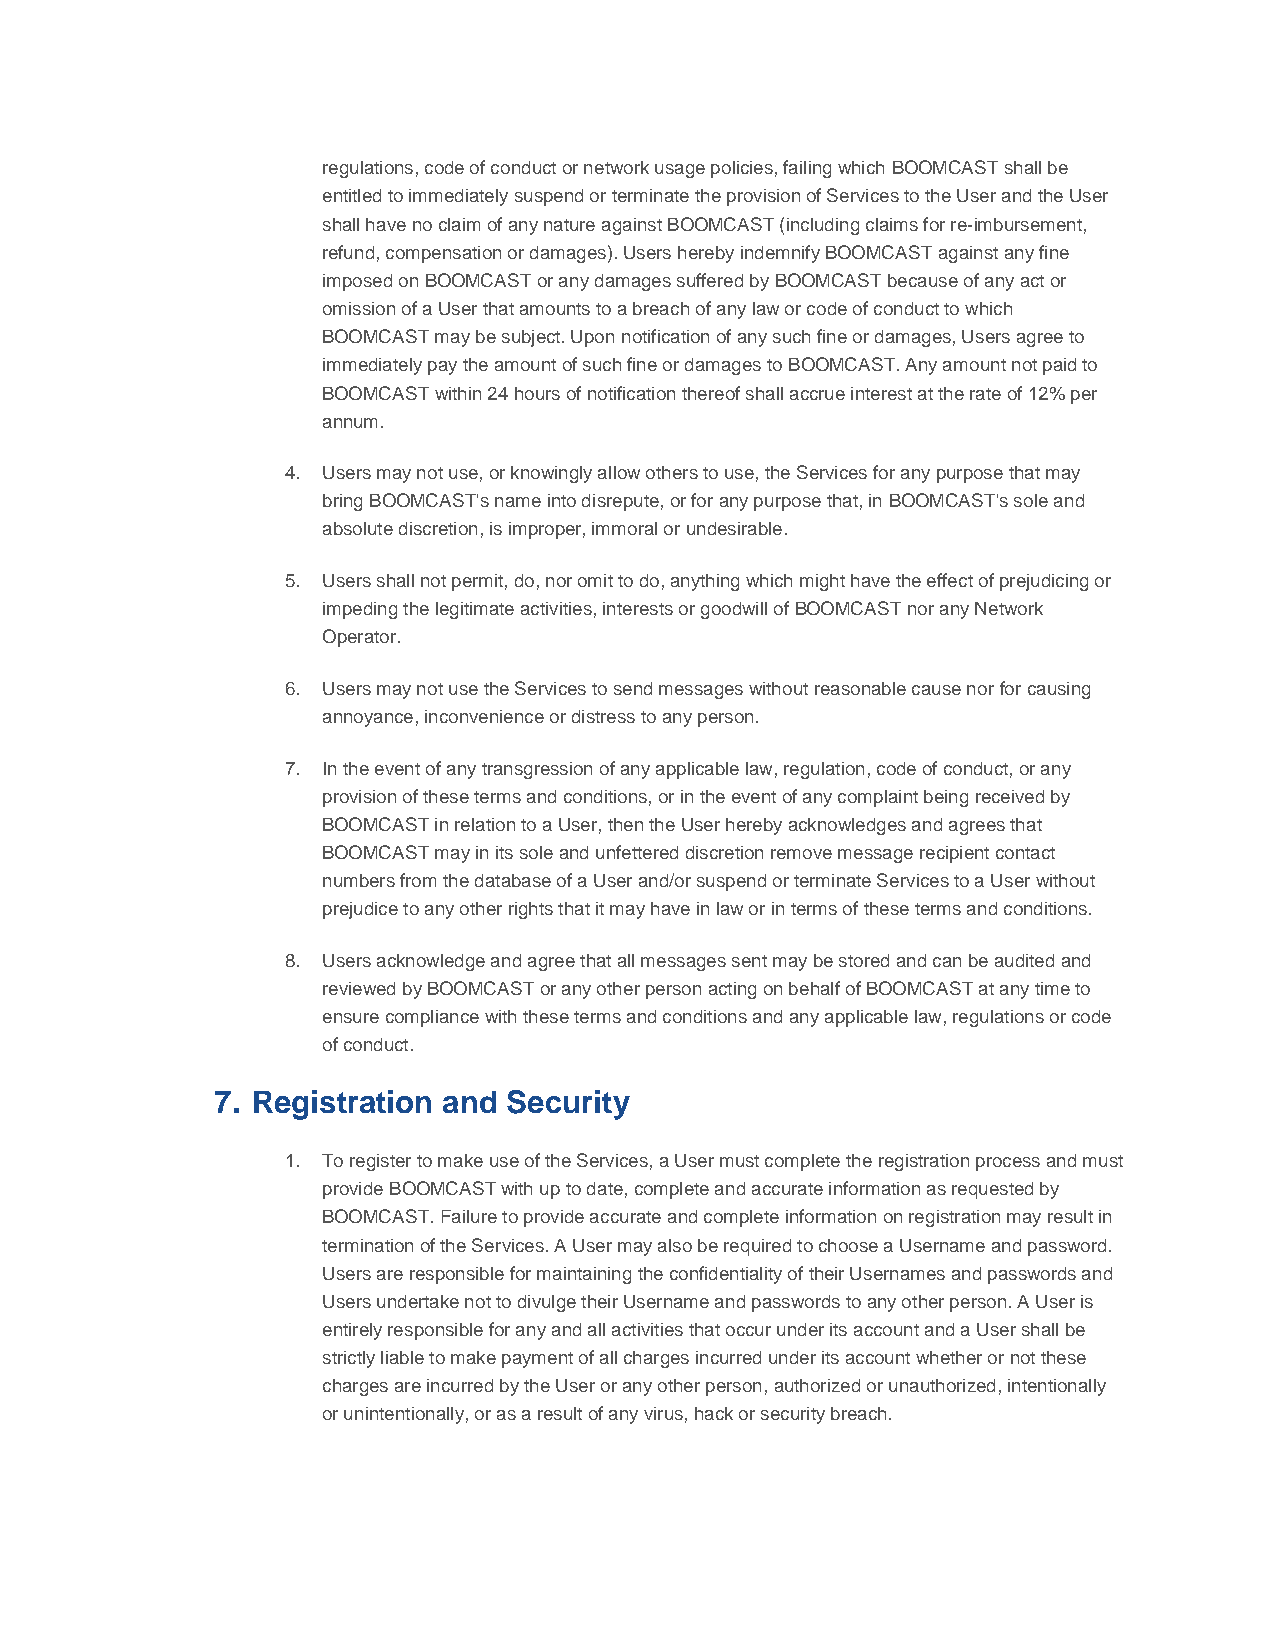
regulations, code of conduct or network usage policies, failing which BOOMCAST shall be
 entitled to immediately suspend or terminate the provision of Services to the User and the User
 shall have no claim of any nature against BOOMCAST (including claims for re-imbursement,
 refund, compensation or damages). Users hereby indemnify BOOMCAST against any fine
 imposed on BOOMCAST or any damages suffered by BOOMCAST because of any act or
 omission of a User that amounts to a breach of any law or code of conduct to which
 BOOMCAST may be subject. Upon notification of any such fine or damages, Users agree to
 immediately pay the amount of such fine or damages to BOOMCAST. Any amount not paid to
 BOOMCAST within 24 hours of notification thereof shall accrue interest at the rate of 12% per
 annum.
 4. Users may not use, or knowingly allow others to use, the Services for any purpose that may
 bring BOOMCAST's name into disrepute, or for any purpose that, in BOOMCAST's sole and
 absolute discretion, is improper, immoral or undesirable.
 5. Users shall not permit, do, nor omit to do, anything which might have the effect of prejudicing or
 impeding the legitimate activities, interests or goodwill of BOOMCAST nor any Network
 Operator.
 6. Users may not use the Services to send messages without reasonable cause nor for causing
 annoyance, inconvenience or distress to any person.
 7. In the event of any transgression of any applicable law, regulation, code of conduct, or any
 provision of these terms and conditions, or in the event of any complaint being received by
 BOOMCAST in relation to a User, then the User hereby acknowledges and agrees that
 BOOMCAST may in its sole and unfettered discretion remove message recipient contact
 numbers from the database of a User and/or suspend or terminate Services to a User without
 prejudice to any other rights that it may have in law or in terms of these terms and conditions.
 8. Users acknowledge and agree that all messages sent may be stored and can be audited and
 reviewed by BOOMCAST or any other person acting on behalf of BOOMCAST at any time to
 ensure compliance with these terms and conditions and any applicable law, regulations or code
 of conduct.
 7. Registration and Security
 1. To register to make use of the Services, a User must complete the registration process and must
 provide BOOMCAST with up to date, complete and accurate information as requested by
 BOOMCAST. Failure to provide accurate and complete information on registration may result in
 termination of the Services. A User may also be required to choose a Username and password.
 Users are responsible for maintaining the confidentiality of their Usernames and passwords and
 Users undertake not to divulge their Username and passwords to any other person. A User is
 entirely responsible for any and all activities that occur under its account and a User shall be
 strictly liable to make payment of all charges incurred under its account whether or not these
 charges are incurred by the User or any other person, authorized or unauthorized, intentionally
 or unintentionally, or as a result of any virus, hack or security breach.